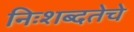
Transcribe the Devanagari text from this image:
निःशब्दतेचे